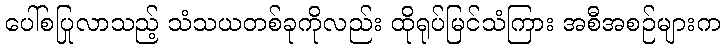
ပေါ်စပြုလာသည့် သံသယတစ်ခုကိုလည်း ထိုရုပ်မြင်သံကြား အစီအစဉ်များက